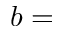
b =